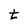
Character: t